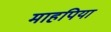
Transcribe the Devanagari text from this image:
माहपिया